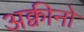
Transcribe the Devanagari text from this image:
अक्वीनो